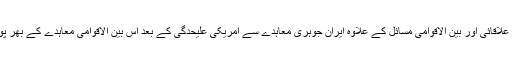
اس کے علاوہ ایرانی وزیر خارجہ اور فرانس کے صدر نے علاقائی اور بین الاقوامی مسائل کے علاوہ ایران جوہری معاہدے سے امریکی علیحدگی کے بعد اس بین الاقوامی معاہدے کے بھر پور نفاذ کے حوالے سے فرانس کی تجاویز پر تبادلہ خیال کیا۔